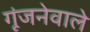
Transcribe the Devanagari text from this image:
गूंजनेवाले